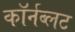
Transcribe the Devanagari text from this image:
कॉर्नब्लट